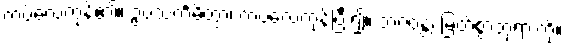
ကပ်လေကုန်၏။ ဥပသင်္ကမိတွာ၊ ကပ်လေကုန်ပြီး၍။ ဘဂဝန္တံ၊ မြတ်စွာဘုရားကို။